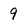
Character: 9